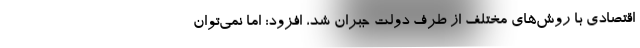
اقتصادی با روش‌های مختلف از طرف دولت جبران شد، افزود: اما نمی‌توان